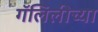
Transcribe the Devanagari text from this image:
गॅलिलीच्या